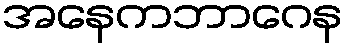
အနေကဘာဂေန